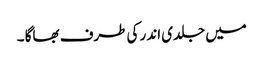
میں جلدی اندر کی طرف بھاگا ۔